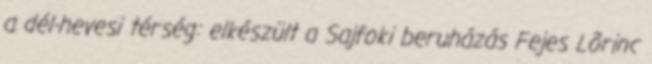
a dél-hevesi térség: elkészült a Sajfoki beruházás Fejes Lõrinc